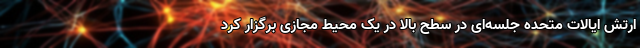
ارتش ایالات متحده جلسه‌ای در سطح بالا در یک محیط مجازی برگزار کرد